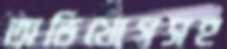
অভিযোগসহ